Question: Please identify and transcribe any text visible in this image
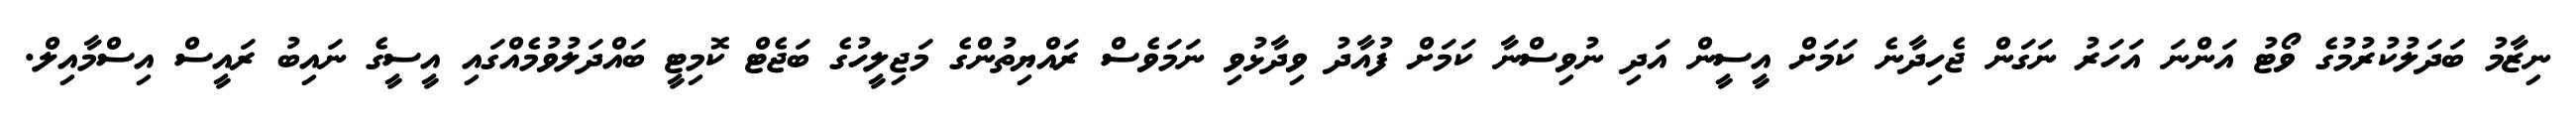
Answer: ނިޒާމު ބަދަލުކުރުމުގެ ވޯޓު އަންނަ އަހަރު ނަގަން ޖެހިދާނެ ކަމަށް އީސީން އަދި ނުވިސްނާ ކަމަށް ފުއާދު ވިދާޅުވި ނަމަވެސް ރައްޔިތުންގެ މަޖިލީހުގެ ބަޖެޓް ކޮމިޓީ ބައްދަލުވުމެއްގައި އީސީގެ ނައިބު ރައީސް އިސްމާއިލް.